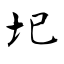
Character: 圯